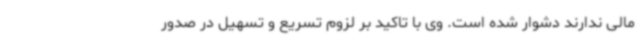
مالی ندارند دشوار شده است. وی با تاکید بر لزوم تسریع و تسهیل در صدور